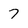
Character: 7